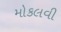
મોકલવી